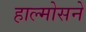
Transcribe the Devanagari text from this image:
हाल्मोसने